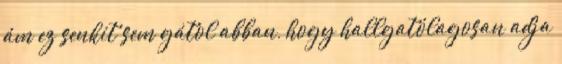
ám ez senkit sem gátol abban, hogy hallgatólagosan adja